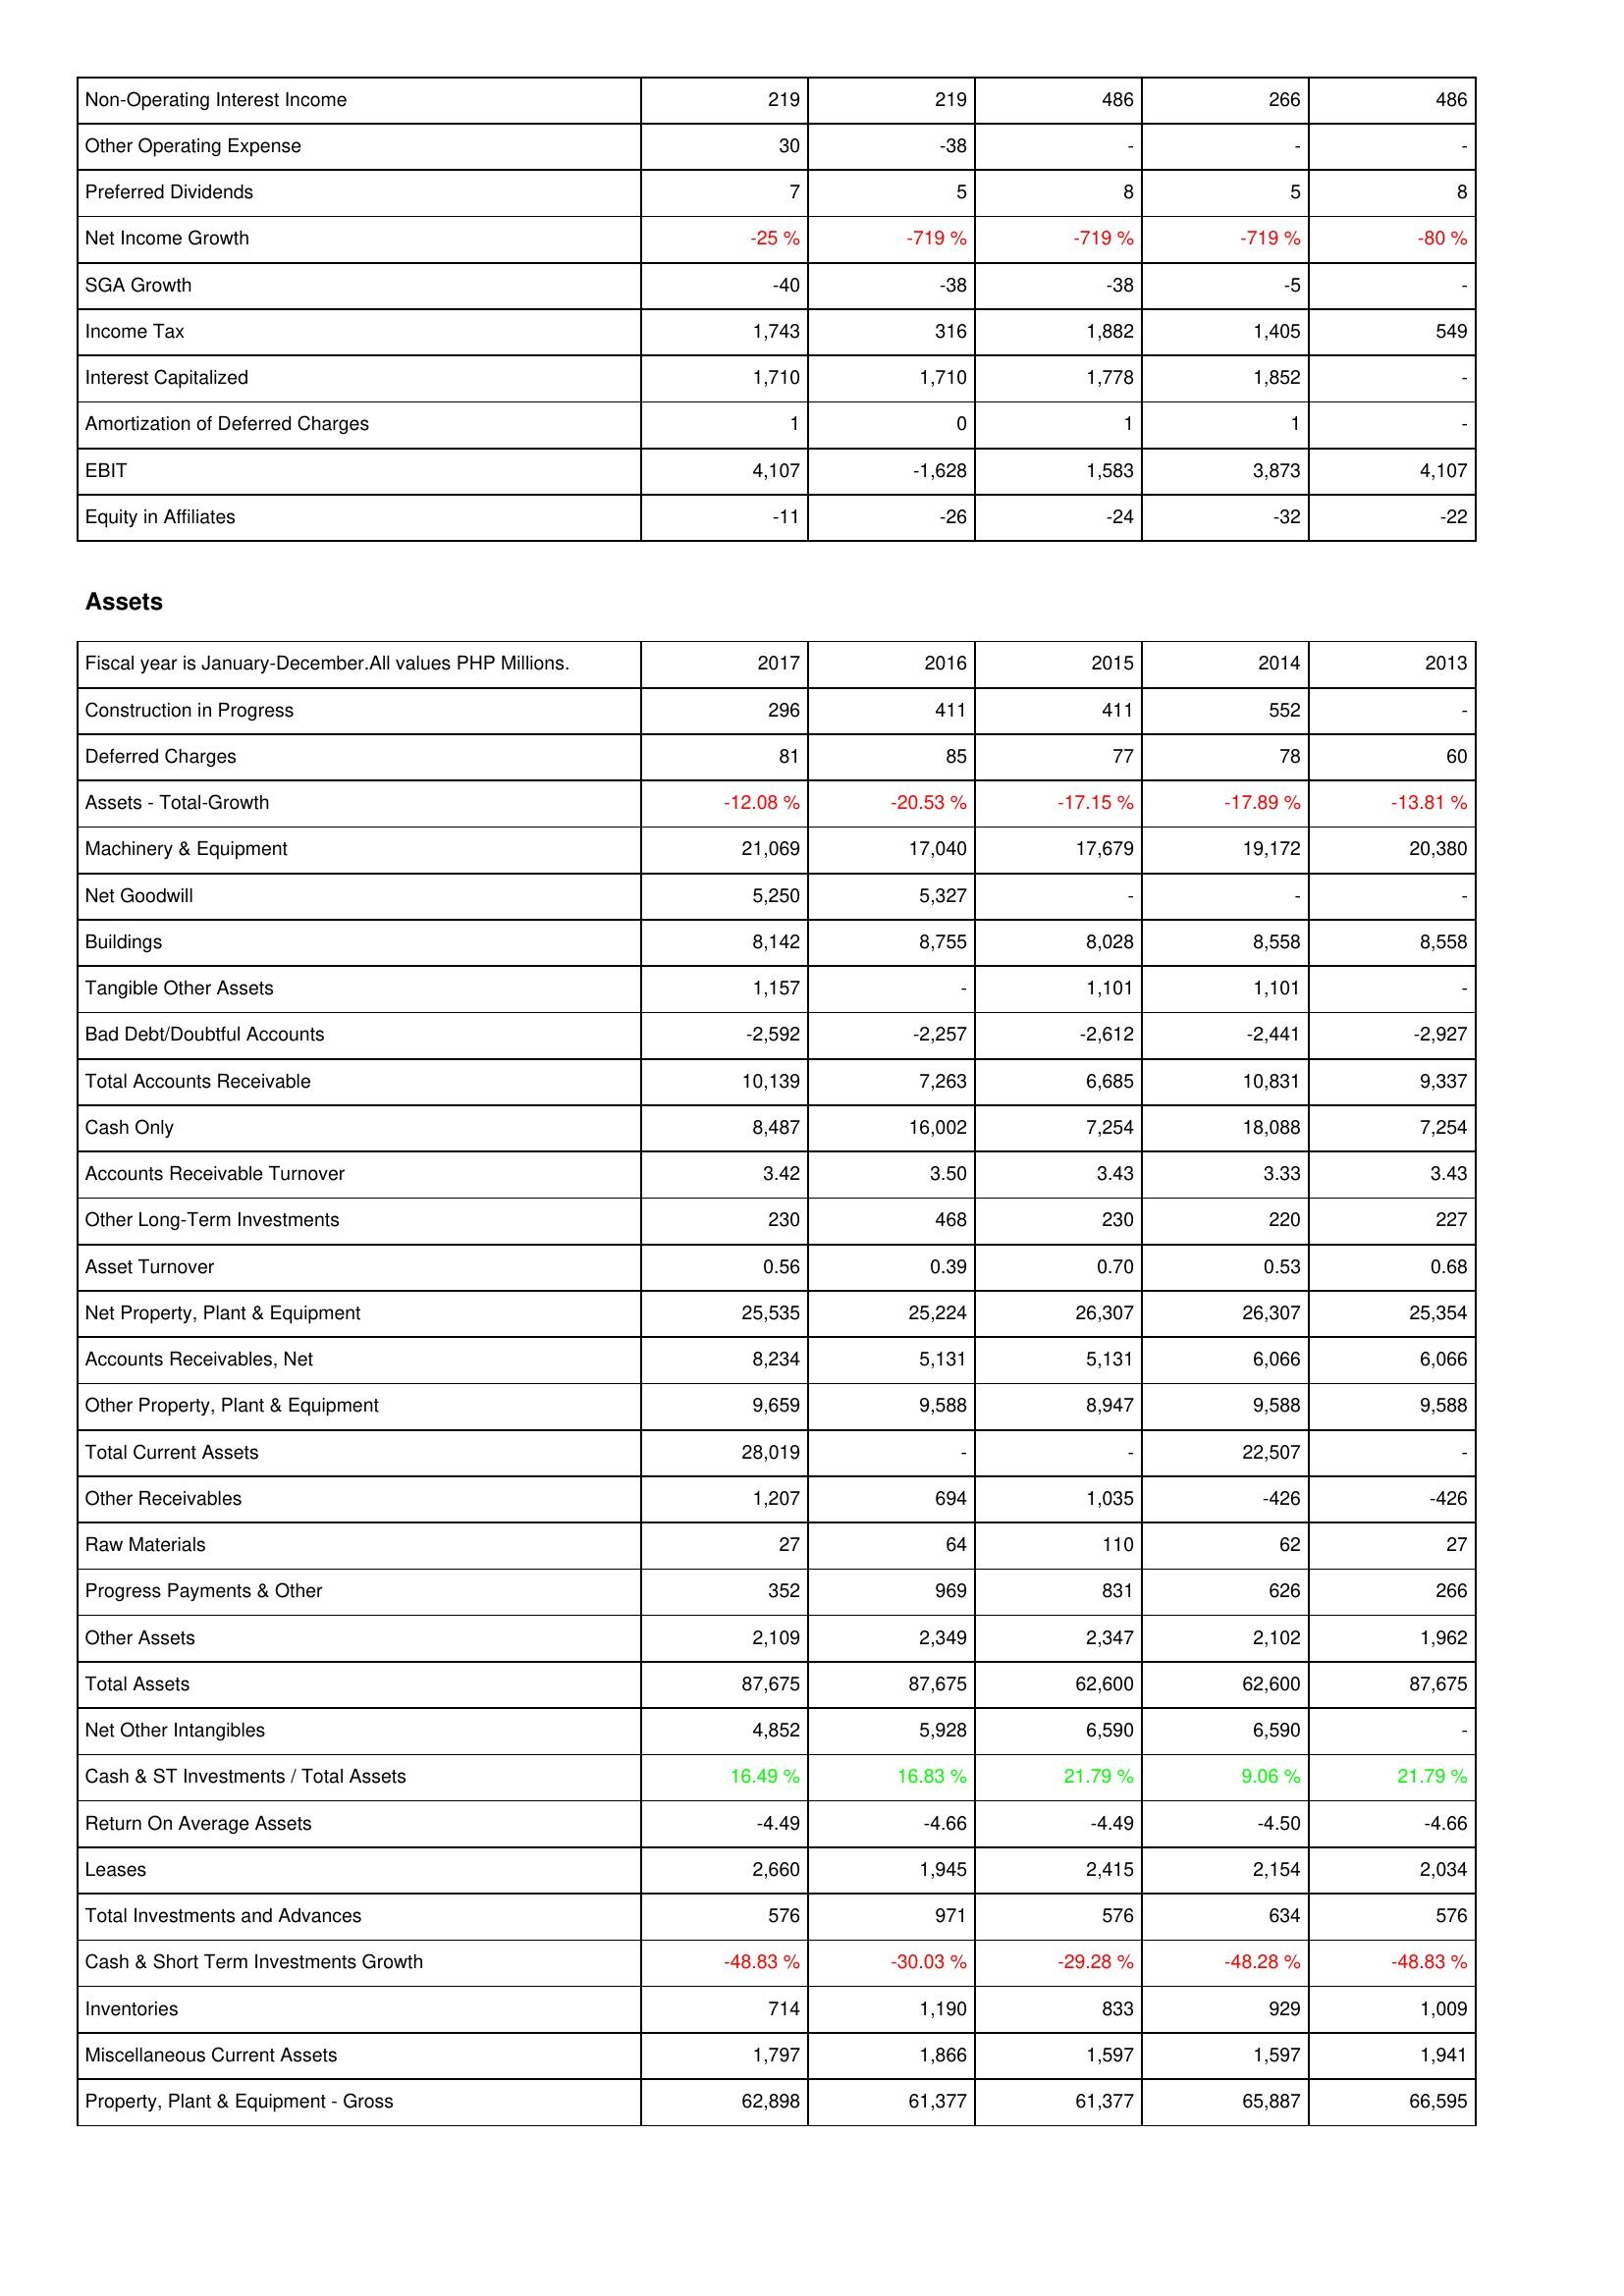
2017: Income Statement: Non-Operating Interest Income: 219
Other Operating Expense: 30
Preferred Dividends: 7
Net Income Growth: -25 %
SGA Growth: -40
Income Tax: 1,743
Interest Capitalized: 1,710
Amortization of Deferred Charges: 1
EBIT: 4,107
Equity in Affiliates: -11
Assets: Construction in Progress: 296
Deferred Charges: 81
Assets - Total-Growth: -12.08 %
Machinery & Equipment: 21,069
Net Goodwill: 5,250
Buildings: 8,142
Tangible Other Assets: 1,157
Bad Debt/Doubtful Accounts: -2,592
Total Accounts Receivable: 10,139
Cash Only: 8,487
Accounts Receivable Turnover: 3.42
Other Long-Term Investments: 230
Asset Turnover: 0.56
Net Property, Plant & Equipment: 25,535
Accounts Receivables, Net: 8,234
Other Property, Plant & Equipment: 9,659
Total Current Assets: 28,019
Other Receivables: 1,207
Raw Materials: 27
Progress Payments & Other: 352
Other Assets: 2,109
Total Assets: 87,675
Net Other Intangibles: 4,852
Cash & ST Investments / Total Assets: 16.49 %
Return On Average Assets: -4.49
Leases: 2,660
Total Investments and Advances: 576
Cash & Short Term Investments Growth: -48.83 %
Inventories: 714
Miscellaneous Current Assets: 1,797
Property, Plant & Equipment - Gross: 62,898
2016: Income Statement: Non-Operating Interest Income: 219
Other Operating Expense: -38
Preferred Dividends: 5
Net Income Growth: -719 %
SGA Growth: -38
Income Tax: 316
Interest Capitalized: 1,710
Amortization of Deferred Charges: 0
EBIT: -1,628
Equity in Affiliates: -26
Assets: Construction in Progress: 411
Deferred Charges: 85
Assets - Total-Growth: -20.53 %
Machinery & Equipment: 17,040
Net Goodwill: 5,327
Buildings: 8,755
Tangible Other Assets: -
Bad Debt/Doubtful Accounts: -2,257
Total Accounts Receivable: 7,263
Cash Only: 16,002
Accounts Receivable Turnover: 3.50
Other Long-Term Investments: 468
Asset Turnover: 0.39
Net Property, Plant & Equipment: 25,224
Accounts Receivables, Net: 5,131
Other Property, Plant & Equipment: 9,588
Total Current Assets: -
Other Receivables: 694
Raw Materials: 64
Progress Payments & Other: 969
Other Assets: 2,349
Total Assets: 87,675
Net Other Intangibles: 5,928
Cash & ST Investments / Total Assets: 16.83 %
Return On Average Assets: -4.66
Leases: 1,945
Total Investments and Advances: 971
Cash & Short Term Investments Growth: -30.03 %
Inventories: 1,190
Miscellaneous Current Assets: 1,866
Property, Plant & Equipment - Gross: 61,377
2015: Income Statement: Non-Operating Interest Income: 486
Other Operating Expense: -
Preferred Dividends: 8
Net Income Growth: -719 %
SGA Growth: -38
Income Tax: 1,882
Interest Capitalized: 1,778
Amortization of Deferred Charges: 1
EBIT: 1,583
Equity in Affiliates: -24
Assets: Construction in Progress: 411
Deferred Charges: 77
Assets - Total-Growth: -17.15 %
Machinery & Equipment: 17,679
Net Goodwill: -
Buildings: 8,028
Tangible Other Assets: 1,101
Bad Debt/Doubtful Accounts: -2,612
Total Accounts Receivable: 6,685
Cash Only: 7,254
Accounts Receivable Turnover: 3.43
Other Long-Term Investments: 230
Asset Turnover: 0.70
Net Property, Plant & Equipment: 26,307
Accounts Receivables, Net: 5,131
Other Property, Plant & Equipment: 8,947
Total Current Assets: -
Other Receivables: 1,035
Raw Materials: 110
Progress Payments & Other: 831
Other Assets: 2,347
Total Assets: 62,600
Net Other Intangibles: 6,590
Cash & ST Investments / Total Assets: 21.79 %
Return On Average Assets: -4.49
Leases: 2,415
Total Investments and Advances: 576
Cash & Short Term Investments Growth: -29.28 %
Inventories: 833
Miscellaneous Current Assets: 1,597
Property, Plant & Equipment - Gross: 61,377
2014: Income Statement: Non-Operating Interest Income: 266
Other Operating Expense: -
Preferred Dividends: 5
Net Income Growth: -719 %
SGA Growth: -5
Income Tax: 1,405
Interest Capitalized: 1,852
Amortization of Deferred Charges: 1
EBIT: 3,873
Equity in Affiliates: -32
Assets: Construction in Progress: 552
Deferred Charges: 78
Assets - Total-Growth: -17.89 %
Machinery & Equipment: 19,172
Net Goodwill: -
Buildings: 8,558
Tangible Other Assets: 1,101
Bad Debt/Doubtful Accounts: -2,441
Total Accounts Receivable: 10,831
Cash Only: 18,088
Accounts Receivable Turnover: 3.33
Other Long-Term Investments: 220
Asset Turnover: 0.53
Net Property, Plant & Equipment: 26,307
Accounts Receivables, Net: 6,066
Other Property, Plant & Equipment: 9,588
Total Current Assets: 22,507
Other Receivables: -426
Raw Materials: 62
Progress Payments & Other: 626
Other Assets: 2,102
Total Assets: 62,600
Net Other Intangibles: 6,590
Cash & ST Investments / Total Assets: 9.06 %
Return On Average Assets: -4.50
Leases: 2,154
Total Investments and Advances: 634
Cash & Short Term Investments Growth: -48.28 %
Inventories: 929
Miscellaneous Current Assets: 1,597
Property, Plant & Equipment - Gross: 65,887
2013: Income Statement: Non-Operating Interest Income: 486
Other Operating Expense: -
Preferred Dividends: 8
Net Income Growth: -80 %
SGA Growth: -
Income Tax: 549
Interest Capitalized: -
Amortization of Deferred Charges: -
EBIT: 4,107
Equity in Affiliates: -22
Assets: Construction in Progress: -
Deferred Charges: 60
Assets - Total-Growth: -13.81 %
Machinery & Equipment: 20,380
Net Goodwill: -
Buildings: 8,558
Tangible Other Assets: -
Bad Debt/Doubtful Accounts: -2,927
Total Accounts Receivable: 9,337
Cash Only: 7,254
Accounts Receivable Turnover: 3.43
Other Long-Term Investments: 227
Asset Turnover: 0.68
Net Property, Plant & Equipment: 25,354
Accounts Receivables, Net: 6,066
Other Property, Plant & Equipment: 9,588
Total Current Assets: -
Other Receivables: -426
Raw Materials: 27
Progress Payments & Other: 266
Other Assets: 1,962
Total Assets: 87,675
Net Other Intangibles: -
Cash & ST Investments / Total Assets: 21.79 %
Return On Average Assets: -4.66
Leases: 2,034
Total Investments and Advances: 576
Cash & Short Term Investments Growth: -48.83 %
Inventories: 1,009
Miscellaneous Current Assets: 1,941
Property, Plant & Equipment - Gross: 66,595